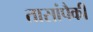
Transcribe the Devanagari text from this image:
तासांपैकी